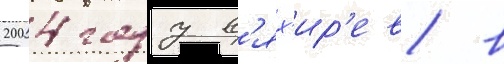
2004 году в'ях'ир'ев в